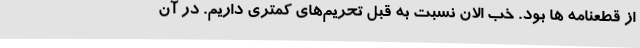
از قطعنامه ها بود. خب الان نسبت به قبل تحریم‌های کمتری داریم. در آن